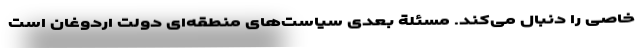
خاصی را دنبال می­کند. مسئلة بعدی سیاست­های منطقه­ای دولت اردوغان است